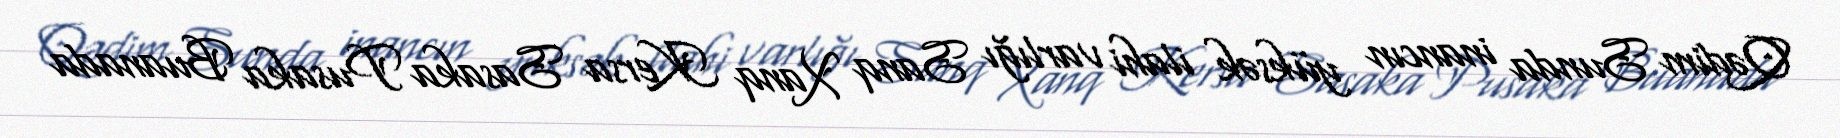
Qədim Sunda inancın yüksək ilahi varlığı Sanq Xanq Kersa Sasaka Pusaka Buanada